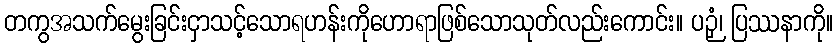
တကွအသက်မွေးခြင်းငှာသင့်သောရဟန်းကိုဟောရာဖြစ်သောသုတ်လည်းကောင်း။ ပဉှံ၊ ပြဿနာကို။